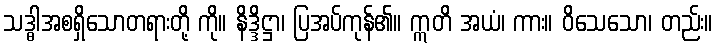
သဒ္ဓါအစရှိသောတရားတို့ ကို။ နိဒ္ဒိဋ္ဌာ၊ ပြအပ်ကုန်၏။ ဣတိ အယံ၊ ကား။ ဝိသေသော၊ တည်း။